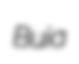
Buia